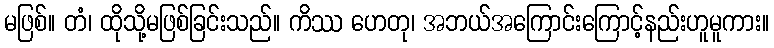
မဖြစ်။ တံ၊ ထိုသို့မဖြစ်ခြင်းသည်။ ကိဿ ဟေတု၊ အဘယ်အကြောင်းကြောင့်နည်းဟူမူကား။